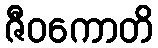
ဇီဝကောတိ